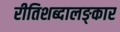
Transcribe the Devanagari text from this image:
रीतिशब्दालङ्कार